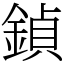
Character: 鍞